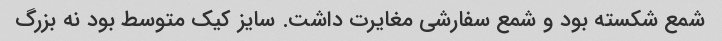
شمع شکسته بود و شمع سفارشی مغایرت داشت. سایز کیک متوسط بود نه بزرگ